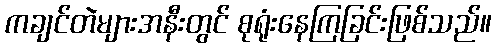
ကချင်တဲများအနီးတွင် စုရုံးနေကြခြင်းဖြစ်သည်။